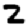
Digit: 2